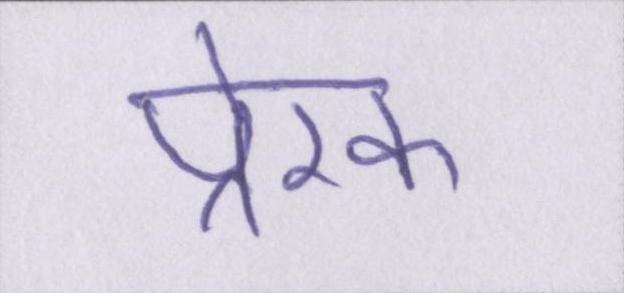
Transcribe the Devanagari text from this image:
प्रेरक